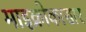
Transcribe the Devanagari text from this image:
माइक्रोकासार